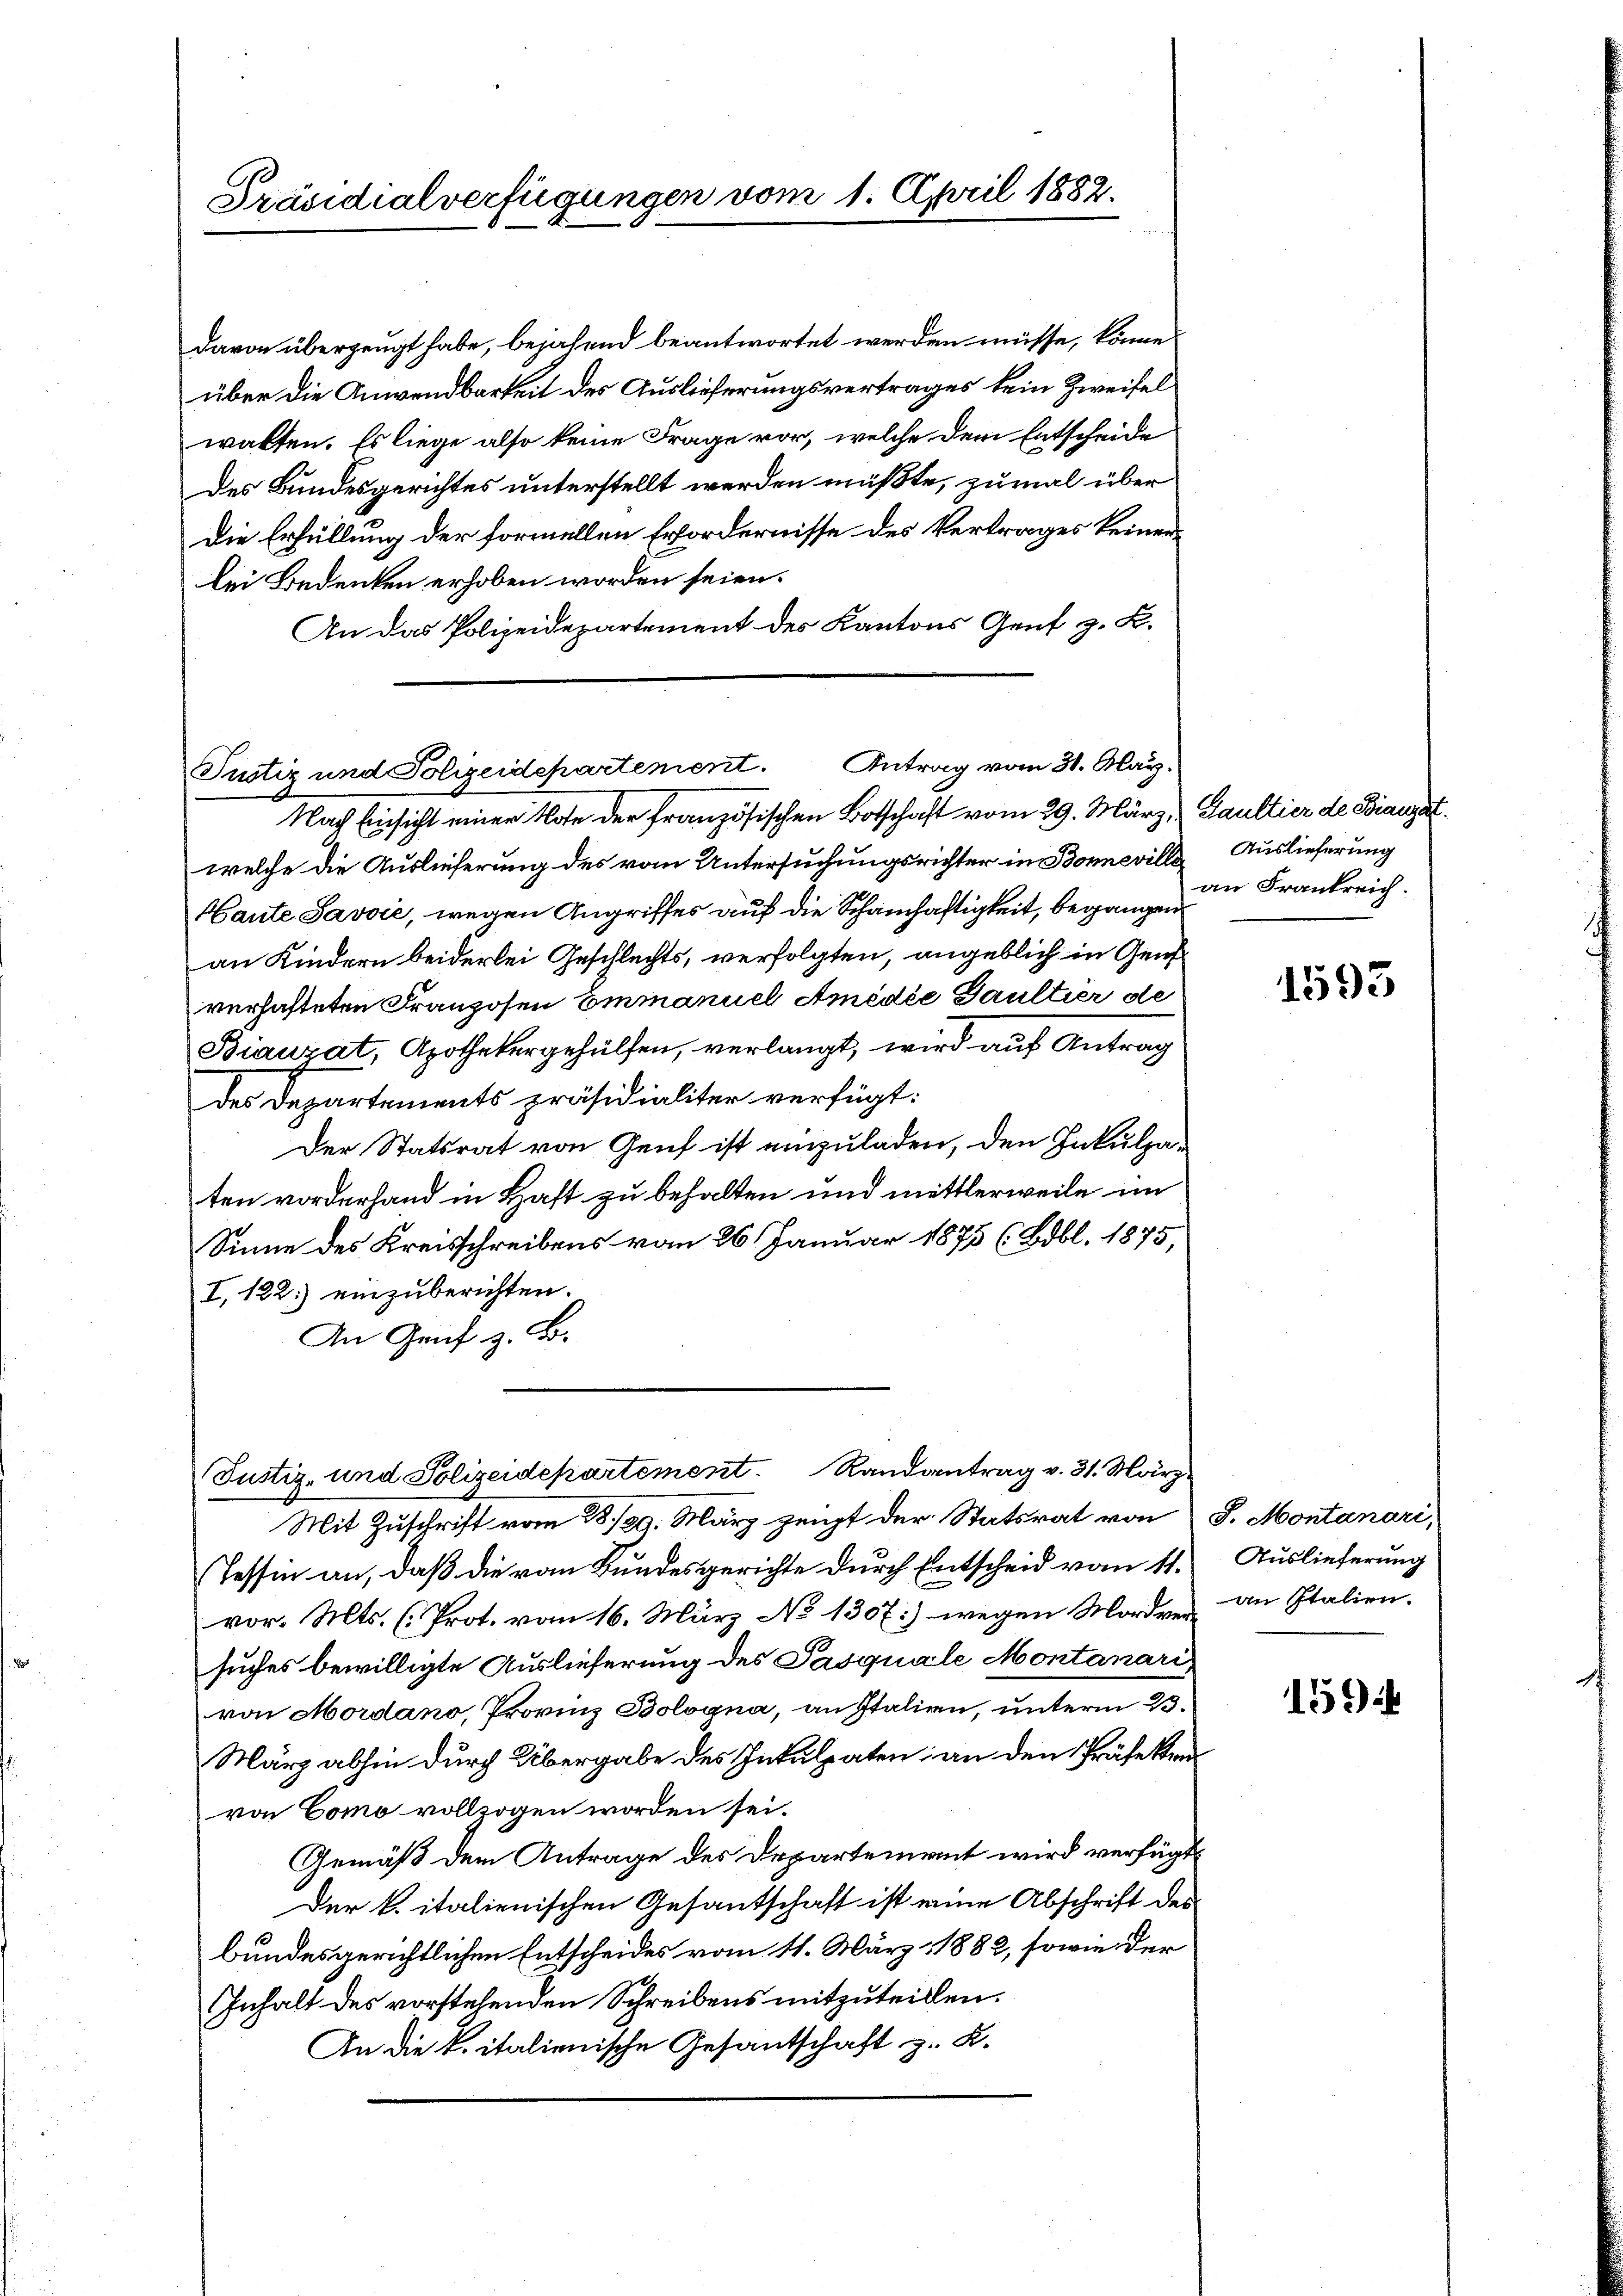
Präsidialverfügungen vom 1. April 1882.

davon überzeugt habe, bejahend beantwortet werden müsse, könne
über die Anwendbarkeit des Auslieferungsvertrages kein Zweifel
walten. Es liege also keine Frage vor, welche dem Entscheide
Des Bundesgerichtes unterstellt werden müßte, zumal über
Die Erfüllung der formellen Erfordernisse des Vertrages keinerlei Bedenken erhoben worden seien.
An das Polizeidepartement des Kantons Genf z. B.

Justiz und Polizeidepartement. Antrag vom 31. May.
Nach Einsicht einer Note der französischen Botschaft vom 29. März Saultier de Bianat

welche die Auslieferung des vom Untersuchungsrichter in Bonneville Auslieferung
Haute Javvić, wegen Angriffes auf die Schamhaftigkeit, begangen
an Kindern beiderlei Geschlechts, verfolgten, angeblich in Gen
verhafteten Franzosen Emmanuel Amédie Paultier de
Biauzat, Apothekergehülfen, verlangt, wird auf Antrag
des Departements präsidialiter verfügt:
Der Statsrat von Genf ist einzuladen, den Inkulpaten vorderhand in Haft zu behalten und mittlerweile im
Sinne des Kreisschreibens vom 26. Januar 1875 (Bobl. 1875,
I. 122.) einzuberichten.
An Graf z. B.

Justiz- und Polizeidepartement. Randantrag v. 31. März

Mit Zuschrift vom 28./29. März zeugt der Statsrat von J. Montanari,

an Frankreich.

Tessin an, daß die vom Bundesgerichte durch Entscheid vom 11.
vor. Mts. (Prot. vom 16. März No 1307) wegen Mordversuches bewilligte Auslieferung des Pasquale Montanari
von Mordano, Provinz Bologna, an Italien, unterm 23.
März abhin durch Übergabe des Intulpaten an den Präsekrevon Como vollzogen worden sei.
Gemäß dem Antrage des Departement wird verfügt
Der k. italienischen Gesantschaft ist eine Abschrift des
bundesgerichtlichen Entscheides vom 11. März 1882, sowie der
Inhalt des vorstehenden Schreibens mitzuteillen.
An die L. italienische Gesantschaft z. K.

1593

Auslieferung
an Italien.

159